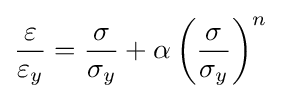
{\frac {\varepsilon }{\varepsilon _{y}}}={\frac {\sigma }{\sigma _{y}}}+\alpha \left({\frac {\sigma }{\sigma _{y}}}\right)^{n}